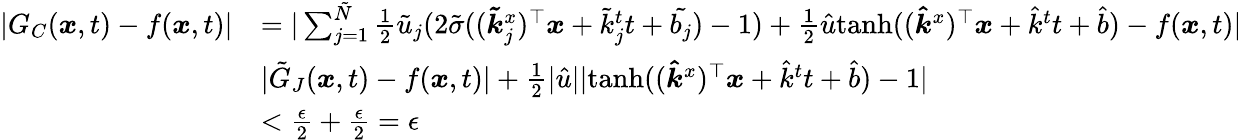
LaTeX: \begin{array}{rl}{|G_{C}(\boldsymbol{x},t)-f(\boldsymbol{x},t)|}&{=|\sum_{j=1}^{\tilde{N}}\frac{1}{2}\tilde{u}_{j}(2\tilde{\sigma}((\boldsymbol{\tilde{k}}_{j}^{x})^{\top}\boldsymbol{x}+\tilde{k}_{j}^{t}t+\tilde{b_{j}})-1)+\frac{1}{2}\hat{u}\mathrm{tanh}((\boldsymbol{\hat{k}}^{x})^{\top}\boldsymbol{x}+\hat{k}^{t}t+\hat{b})-f(\boldsymbol{x},t)|}\\ &{\le|\tilde{G}_{J}(\boldsymbol{x},t)-f(\boldsymbol{x},t)|+\frac{1}{2}|\hat{u}||\mathrm{tanh}((\boldsymbol{\hat{k}}^{x})^{\top}\boldsymbol{x}+\hat{k}^{t}t+\hat{b})-1|}\\ &{<\frac{\epsilon}{2}+\frac{\epsilon}{2}=\epsilon}\end{array}